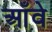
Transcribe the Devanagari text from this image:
आँवे